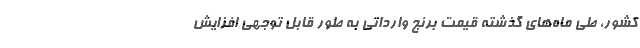
کشور، طی ماه‌های گذشته قیمت برنج وارداتی به طور قابل توجهی افزایش